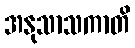
အနုသာသကာတိ